Vaccination in Bombay 1924-1928 - 1924-1928
Year: 1924
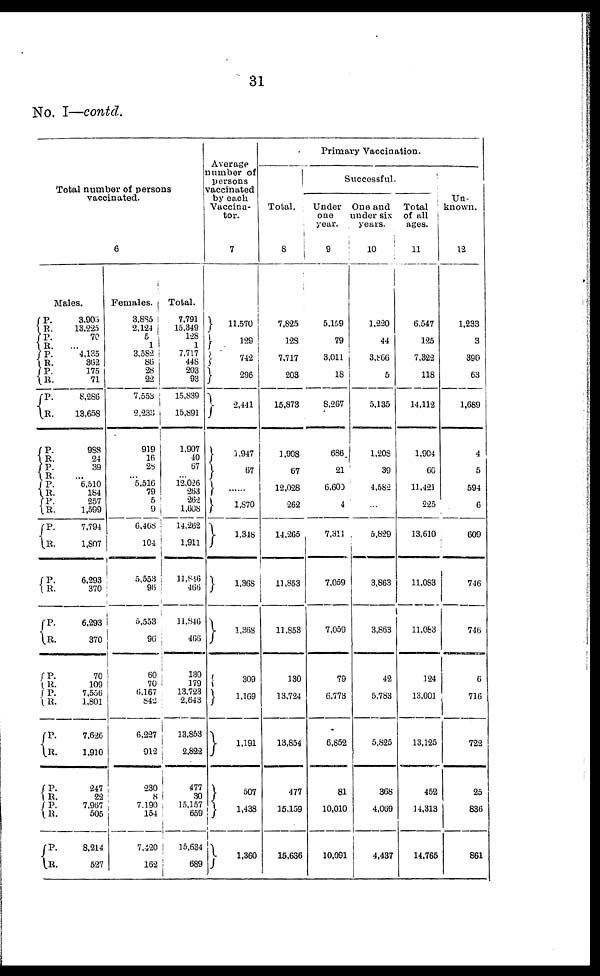
31
No. I—contd.
Total number of persons
vaccinated.
6
Males.
P.
R.
P. R.
P.
R.
P.
R.
P.
R.
P.
R.
P. R.
P.
R. P.
R.
P.
R.
P.
R.
P.
R.
P.
R.
P.
R.
P.
R.
P.
R.
P.
R.
P.
R.
3,906
13,225
70
...
4,135
362
175
71
8,286
13,658
988
24
39
...
6,510
184
257
1,599
7,794
1,807
6,293
370
6,293
370
70
109
7,556
1,801
7,626
1,910
247
22
7,967
505
8,214
527
Females.
3,885
2,124
5
1
3,582
86
28
22
7,553
2,233
919
16
28
...
5,516
79
5
9
6,468
104
5,553
96
5,553
96
60
70
6,167
842
6,227
912
230
8
7,190
154
7,420
162
Total.
7,791
15,349
128
1
7,717
448
203
93
15,839
15,891
1,907
40
67
...
12,026
263
262
1,608
14,262
1,911
11,846
466
11,846
466
130
179
13,723
2,643
13,853
2,822
477
30
15,157
659
15,634
689
Average
number of
persons
vaccinated
by each
Vaccina¬
tor.
7
11,570
129
742
296
2,441
1,947
67
......
1,870
1,348
1,368
1,368
309
1,169
1,191
507
1,438
1,360
Primary Vaccination.
Total.
8
7,825
128
7,711
203
15,873
1,908
67
12,028
262
14,265
11,853
11,853
130
13,724
13,854
477
15,159
15,636
Successful.
Under
one
year.
9
5,159
79
3,011
18
8,267
686
21
6,600
4
7,311
7,059
7,059
79
6,773
6,852
81
10,010
10,091
One and
under six
years.
10
1,220
44
3,866
5
5,135
1,208
39
4,582
...
5,829
3,863
3,863
42
5,783
5,825
368
4,069
4,437
Total
of all
ages.
11
6,547
125
7,322
118
14,112
1,904
60
11,421
225
13,610
11,083
11,083
124
13,001
13,125
452
14,313
14,765
Un-
known.
12
1,233
3
390
63
1,689
4
5
594
6
609
746
746
6
716
722
25
836
861